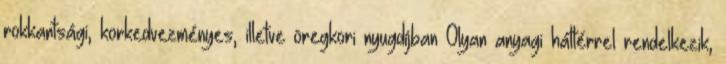
rokkantsági, korkedvezményes, illetve öregkori nyugdíjban Olyan anyagi háttérrel rendelkezik,